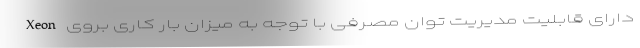
Xeonدارای قابلیت مدیریت توان مصرفی با توجه به میزان بار کاری بروی